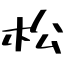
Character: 松